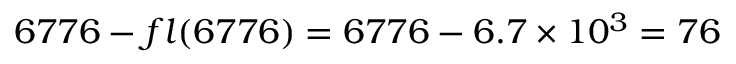
6 7 7 6 - f l ( 6 7 7 6 ) = 6 7 7 6 - 6 . 7 \times 1 0 ^ { 3 } = 7 6